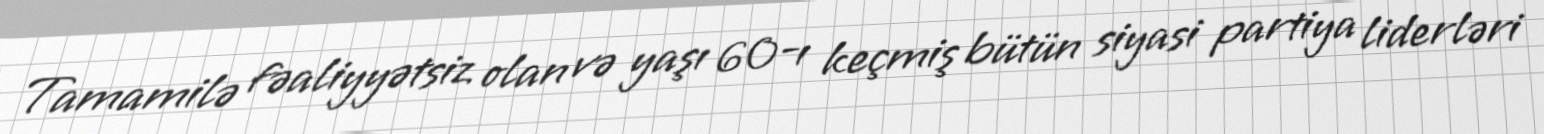
Tamamilə fəaliyyətsiz olan və yaşı 60-ı keçmiş bütün siyasi partiya liderləri